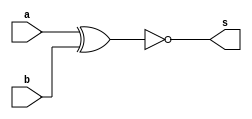
// -------------------------
// Exemplo_0803 - FULL ADDER
// Laura Iara Silva Santos Xavier - 734661
// -------------------------
// -------------------------
// comparator
// -------------------------
// -------------------------
module comparator (output s, input a, input b);
// descrever por portas
xnor XNOR1 (s, a, b);
endmodule // comparator
// -------------------------

module test_comparator;
// ------------------------- definir dados
 reg [4:0] b = 4;
 reg [4:0] a = 2;
 wire [4:0] s0;
 wire s1;

 comparator C1 (s0[0], a[0], b[0]);
 comparator C2 (s0[1], a[1], b[1]);
 comparator C3 (s0[2], a[2], b[2]);
 comparator C4 (s0[3], a[3], b[3]);
 comparator C5 (s0[4], a[4], b[4]);

 and AND1(s1, s0[0], s0[1], s0[2], s0[3], s0[4]);

// ------------------------- parte principal
initial begin: main
 $display("Exemplo0803 - Laura Iara Silva Santos Xavier - 734661");
 $display("Test ALUs full subtractor");
 $display("   a      b   igualdade ");
 

$monitor("%6b %6b  %1b", a, b, s1);

#1 a = 22; b = 22;
#1 a = 21; b = 2;
#1 a = 20; b = 3;
#1 a = 19; b = 19;
#1 a = 18; b = 5;
#1 a = 17; b = 6;
#1 a = 16; b = 16;
#1 a = 15; b = 15;
#1 a = 14; b = 1;
#1 a = 13; b = 2;
#1 a = 12; b = 12;
#1 a = 11; b = 4;
#1 a = 10; b = 5; 
#1 a = 9; b = 9;
#1 a = 8; b = 8;
#1 a = 7; b = 8; 
#1 a = 6; b = 1;
#1 a = 5; b = 2;
#1 a = 4; b = 4;
#1 a = 3; b = 4;
#1 a = 2; b = 5;
#1 a = 1; b = 6;

end
endmodule // test_comparator